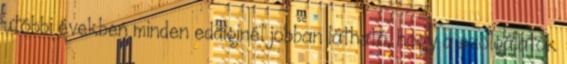
utóbbi években minden eddiginél jobban látható, hogy a szolgálatok